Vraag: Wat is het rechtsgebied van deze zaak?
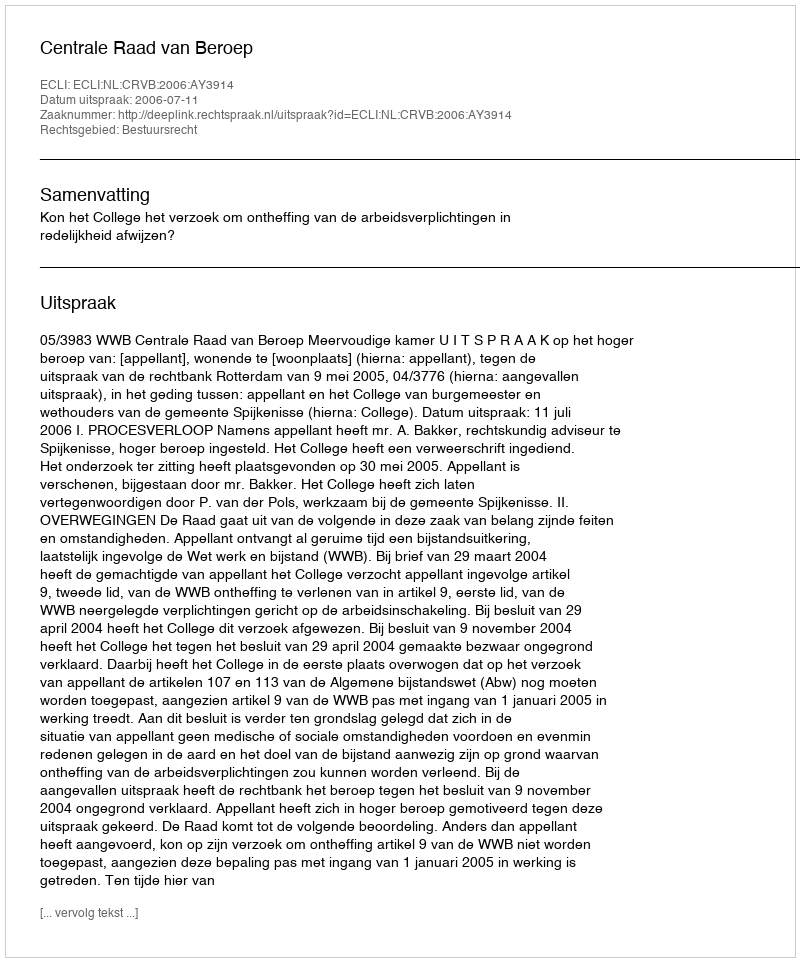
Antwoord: Bestuursrecht